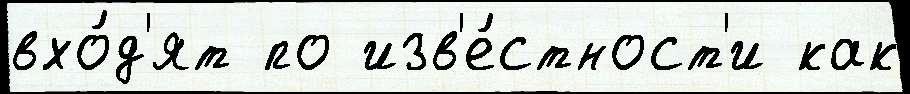
вхо́д'ят по изв'е́стност'и как